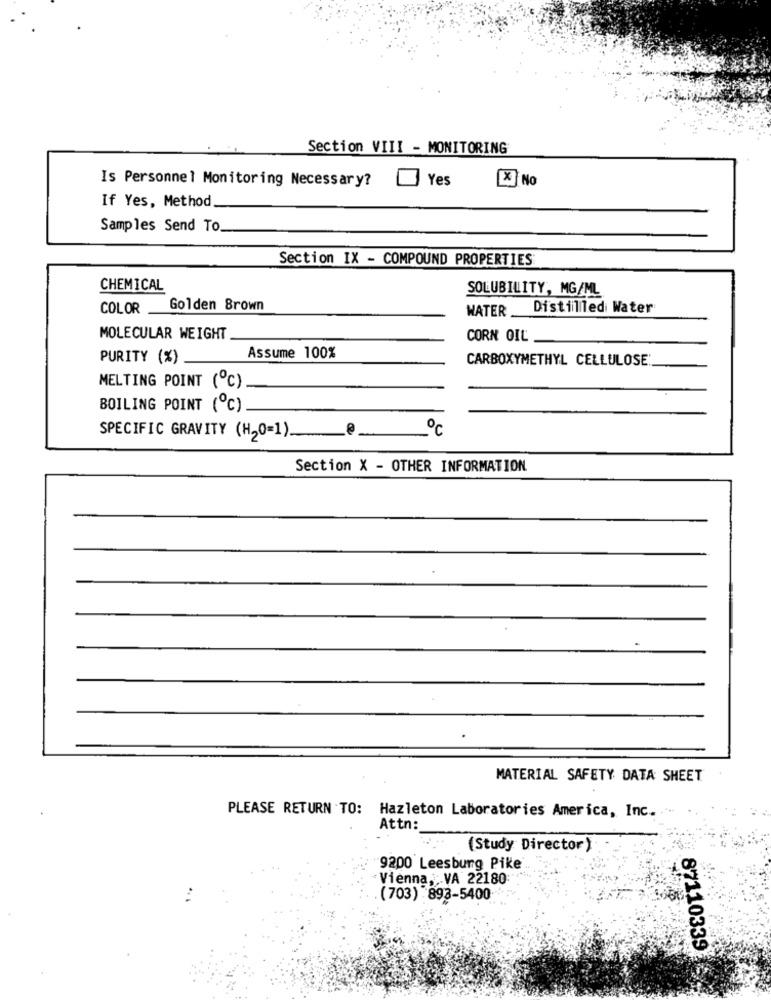
Section VIII - MONITORING
Yes
X No
Is Personnel Monitoring Necessary?
If Yes, Method
Samples Send To.
Section IX - COMPOUND PROPERTIES
CHEMICAL
SOLUBILITY, MG/ML
COLOR Golden Brown
WATER
Distilled Water
MOLECULAR WEIGHT
CORN OIL
PURITY (%)
Assume 100%
CARBOXYMETHYL CELLULOSE
MELTING POINT (℃)
BOILING POINT (℃).
SPECIFIC GRAVITY (H20=1).
Section X - OTHER INFORMATION
MATERIAL SAFETY DATA SHEET
PLEASE RETURN TO: Hazleton Laboratories America, Inc. .
Attn:
(Study Director)
9200 Leesburg Pike
Vienna, ; VA 22180
(703) 893-5400
87110339